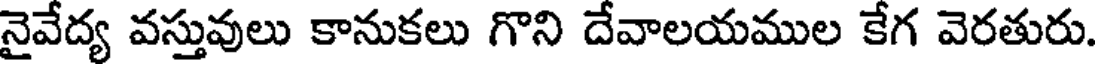
నైవేద్య వస్తువులు కానుకలు గొని దేవాలయముల కేగ వెరతురు.